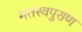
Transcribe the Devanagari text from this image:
मतस्यपुराण